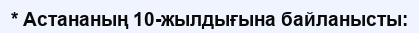
* Астананың 10-жылдығына байланысты: